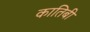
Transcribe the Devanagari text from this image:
कातिबी